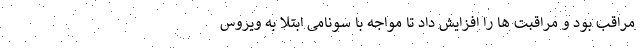
مراقب بود و مراقبت ها را افزایش داد تا مواجه با سونامی ابتلا به ویروس